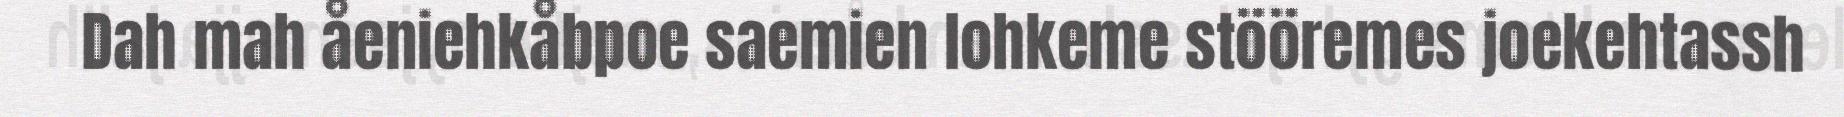
Dah mah åeniehkåbpoe saemien lohkeme stööremes joekehtassh